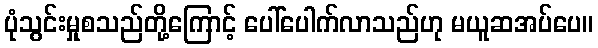
ပုံသွင်းမှုစသည်တို့ကြောင့် ပေါ်ပေါက်လာသည်ဟု မယူဆအပ်ပေ။